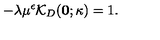
- \lambda \mu ^ { \epsilon } { \mathcal K } _ { { D } } ( { \bf 0 } ; \kappa ) = 1 .